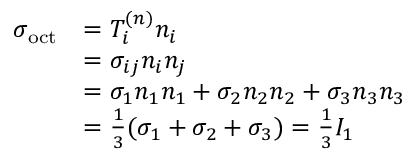
{ \begin{array} { r l } { \sigma _ { \mathrm { o c t } } } & { = T _ { i } ^ { ( n ) } n _ { i } } \\ & { = \sigma _ { i j } n _ { i } n _ { j } } \\ & { = \sigma _ { 1 } n _ { 1 } n _ { 1 } + \sigma _ { 2 } n _ { 2 } n _ { 2 } + \sigma _ { 3 } n _ { 3 } n _ { 3 } } \\ & { = { \frac { 1 } { 3 } } ( \sigma _ { 1 } + \sigma _ { 2 } + \sigma _ { 3 } ) = { \frac { 1 } { 3 } } I _ { 1 } } \end{array} }